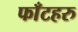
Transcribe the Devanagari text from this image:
फाँटहरु